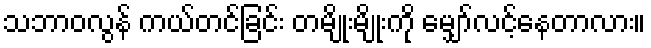
သဘာဝလွန် ကယ်တင်ခြင်း တမျိုးမျိုးကို မျှော်လင့်နေတာလား။